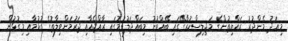
މިއަދު މެންދުރު ރައްޔިތުންގެ މަޖިލިސްކުރާގޭގައި ބޭއްވުނު މިބައްދަލުވުމުގައި ރާއްޖެއާއި ޖަރުމަންވިލާތުގެ ގުޅުމާއި މިގުޅުން